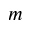
m